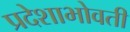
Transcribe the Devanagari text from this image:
प्रदेशाभोवती